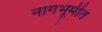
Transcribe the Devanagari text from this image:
नागभूमीत